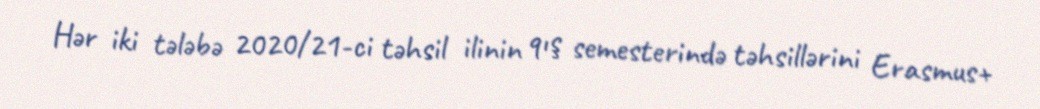
Hər iki tələbə 2020/21-ci təhsil ilinin qış semesterində təhsillərini Erasmus+